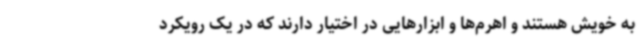
به خویش هستند و اهرم‌ها و ابزارهایی در اختیار دارند که در یک رویکرد